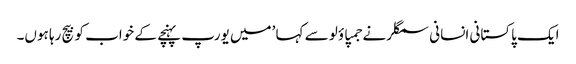
ایک پاکستانی انسانی سمگلر نے جمپاؤلو سے کہا ’میں یورپ پہنچے کے خواب کو بیچ رہا ہوں۔